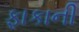
ફાકાની